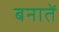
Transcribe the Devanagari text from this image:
बनातें